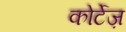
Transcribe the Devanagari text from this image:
कोर्टेज़